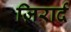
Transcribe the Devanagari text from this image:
ज़िरार्द